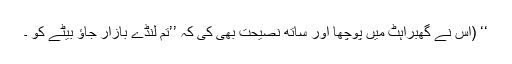
‘‘ (اُس نے گھبراہٹ میں پوچھا اور ساتھ نصیحت بھی کی کہ ’’تم لنڈے بازار جاؤ بیٹے کو ۔